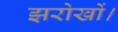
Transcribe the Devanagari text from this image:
झरोखों।